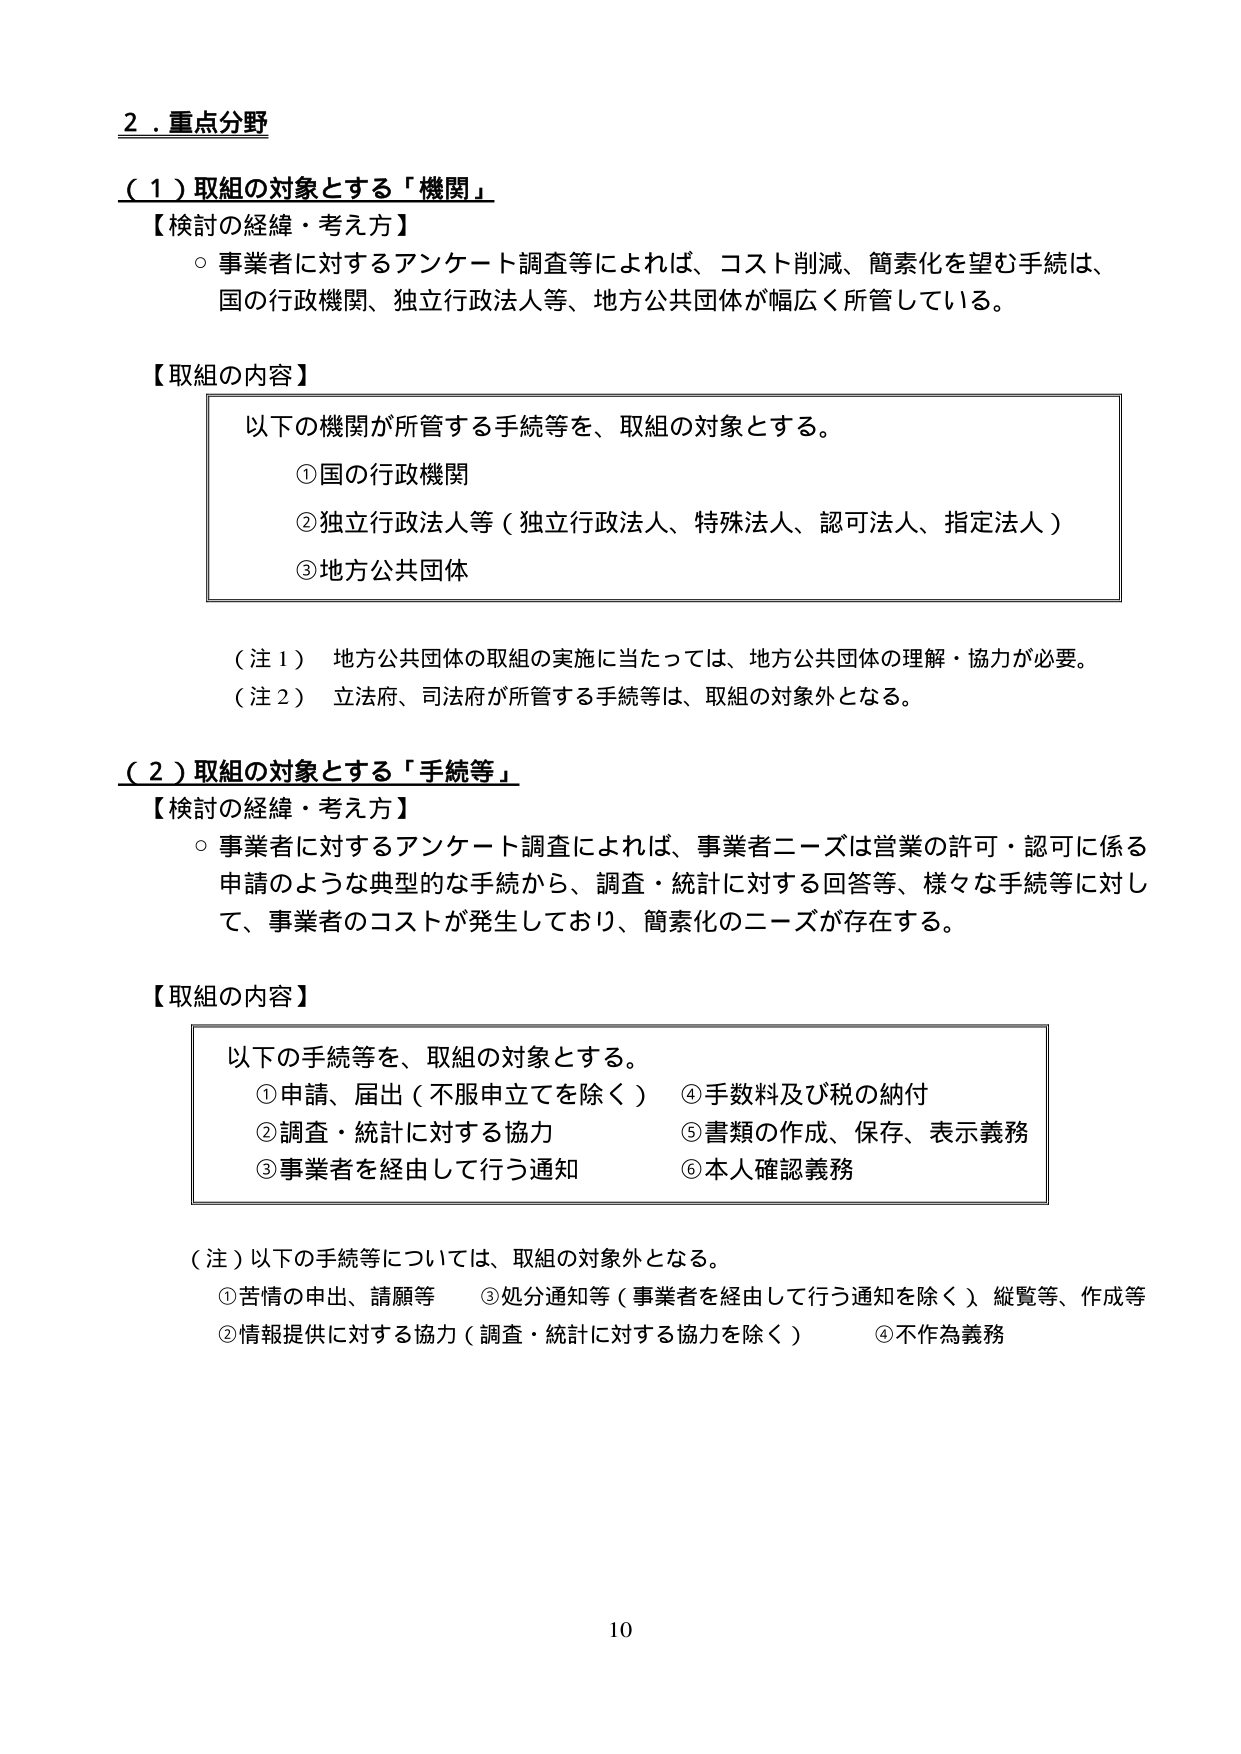
2．重点分野

（1）取組の対象とする「機関」

【検討の経緯・考え方】
○ 事業者に対するアンケート調査等によれば、コスト削減、簡素化を望む手続は、
国の行政機関、独立行政法人等、地方公共団体が幅広く所管している。

【取組の内容】
以下の機関が所管する手続等を、取組の対象とする。
①国の行政機関
②独立行政法人等（独立行政法人、特殊法人、認可法人、指定法人）
③地方公共団体

（注1） 地方公共団体の取組の実施に当たっては、地方公共団体の理解・協力が必要。
（注2） 立法府、司法府が所管する手続等は、取組の対象外となる。

（2）取組の対象とする「手続等」

【検討の経緯・考え方】
○ 事業者に対するアンケート調査によれば、事業者ニーズは営業の許可・認可に係る
申請のような典型的な手続から、調査・統計に対する回答等、様々な手続等に対し
て、事業者のコストが発生しており、簡素化のニーズが存在する。

【取組の内容】
以下の手続等を、取組の対象とする。
①申請、届出（不服申立てを除く）　④手数料及び税の納付
②調査・統計に対する協力　　　　　⑤書類の作成、保存、表示義務
③事業者を経由して行う通知　　　　⑥本人確認義務

（注）以下の手続等については、取組の対象外となる。
①苦情の申出、請願等　　　　　③処分通知等（事業者を経由して行う通知を除く）縦覧等、作成等
②情報提供に対する協力（調査・統計に対する協力を除く）　④不作為義務

10